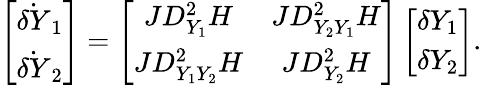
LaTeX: \left[\begin{array}{c}{\dot{\delta Y}_{1}}\\ {\dot{\delta Y}_{2}}\end{array}\right]=\left[\begin{array}{cc}{JD_{Y_{1}}^{2}H}&{JD_{Y_{2}Y_{1}}^{2}H}\\ {JD_{Y_{1}Y_{2}}^{2}H}&{JD_{Y_{2}}^{2}H}\end{array}\right]\left[\begin{array}{c}{\delta Y_{1}}\\ {\delta Y_{2}}\end{array}\right].